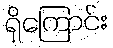
ရှိကြောင်း